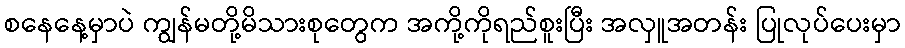
စနေနေ့မှာပဲ ကျွန်မတို့မိသားစုတွေက အကို့ကိုရည်စူးပြီး အလှူအတန်း ပြုလုပ်ပေးမှာ